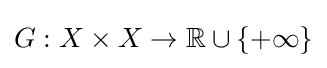
G:X\times X\to \mathbb {R} \cup \{+\infty \}